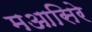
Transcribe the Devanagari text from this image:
मआसिरे